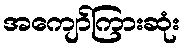
အကျော်ကြားဆုံး